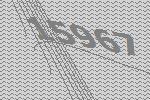
15967